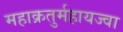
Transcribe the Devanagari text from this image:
महाक्रतुर्महायज्वा